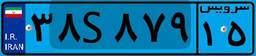
۳۸S۸۷۹۱۵